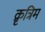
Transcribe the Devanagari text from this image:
क्रृत्रिम